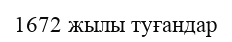
1672 жылы туғандар